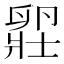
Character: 𫧾